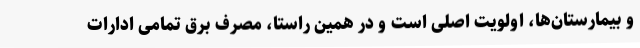
و بیمارستان‌ها، اولویت اصلی است و در همین راستا، مصرف برق تمامی ادارات